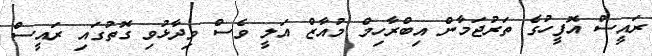
ރައީސް އޮފީހުގެ ތަރުޖަމާން އިބްރާހިމް މުއާޒް އަލީ ވެސް ވިދާޅުވި ގޮތުގައި ރައީސް